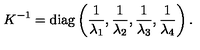
K ^ { - 1 } = \mathrm { d i a g } \left( { \frac { 1 } { \lambda _ { 1 } } } , { \frac { 1 } { \lambda _ { 2 } } } , { \frac { 1 } { \lambda _ { 3 } } } , { \frac { 1 } { \lambda _ { 4 } } } \right) .